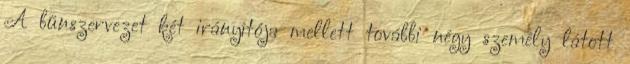
A bűnszervezet két irányítója mellett további négy személy látott